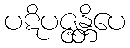
ပဋိပဇ္ဇန္တိပေ